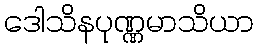
ဒေါသိနပုဏ္ဏမာသိယာ